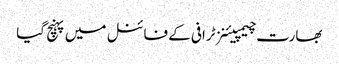
بھارت چیمپیئنز ٹرافی کے فائنل میں پہنچ گیا